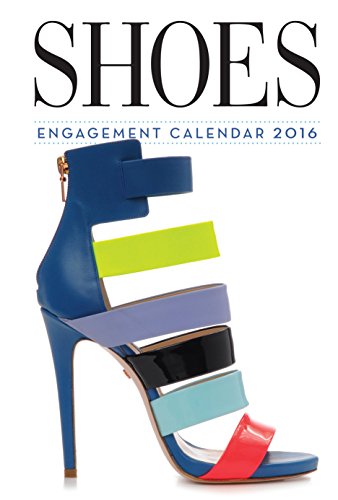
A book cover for Shoes Engagement Calendar 2016; Workman Publishing; Humor & Entertainment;